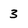
Character: 3